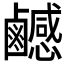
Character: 𪊄